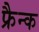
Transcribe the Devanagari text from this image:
फ्रैन्क